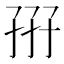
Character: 𡥦